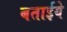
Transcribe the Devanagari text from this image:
बताईये